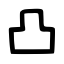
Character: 凸